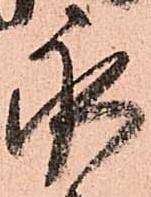
永